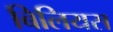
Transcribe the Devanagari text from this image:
बिलियस